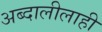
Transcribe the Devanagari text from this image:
अब्दालीलाही